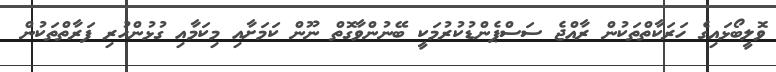
ވޮލީބޯޅައިގެ ހަރަކާތްތަކުން ރާއްޖެ ސަސްޕެންޑުކުރުމަކީ ބޭނުންވާގޮތް ނޫން ކަމަށާއި މިކަމާއި ގުޅުންހުރި ފަރާތްތަކުން